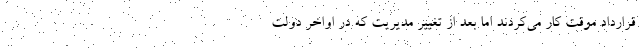
قرارداد موقت کار می‌کردند اما بعد از تغییر مدیریت که در اواخر دولت